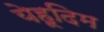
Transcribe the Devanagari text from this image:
येहूदिम